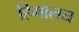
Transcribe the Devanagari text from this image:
हिमालय